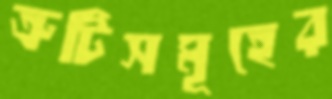
ত্রুটিসমূহের